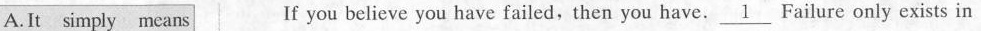
A.It simply means If you believe you have failed, then you have.\underline{1} Failure only exists in